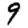
Digit: 9